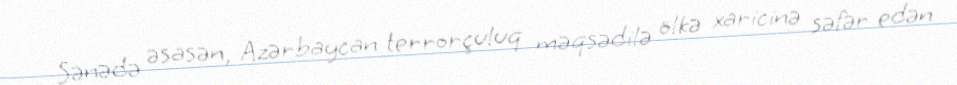
Sənədə əsasən, Azərbaycan terrorçuluq məqsədilə ölkə xaricinə səfər edən